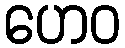
ဟေဝ